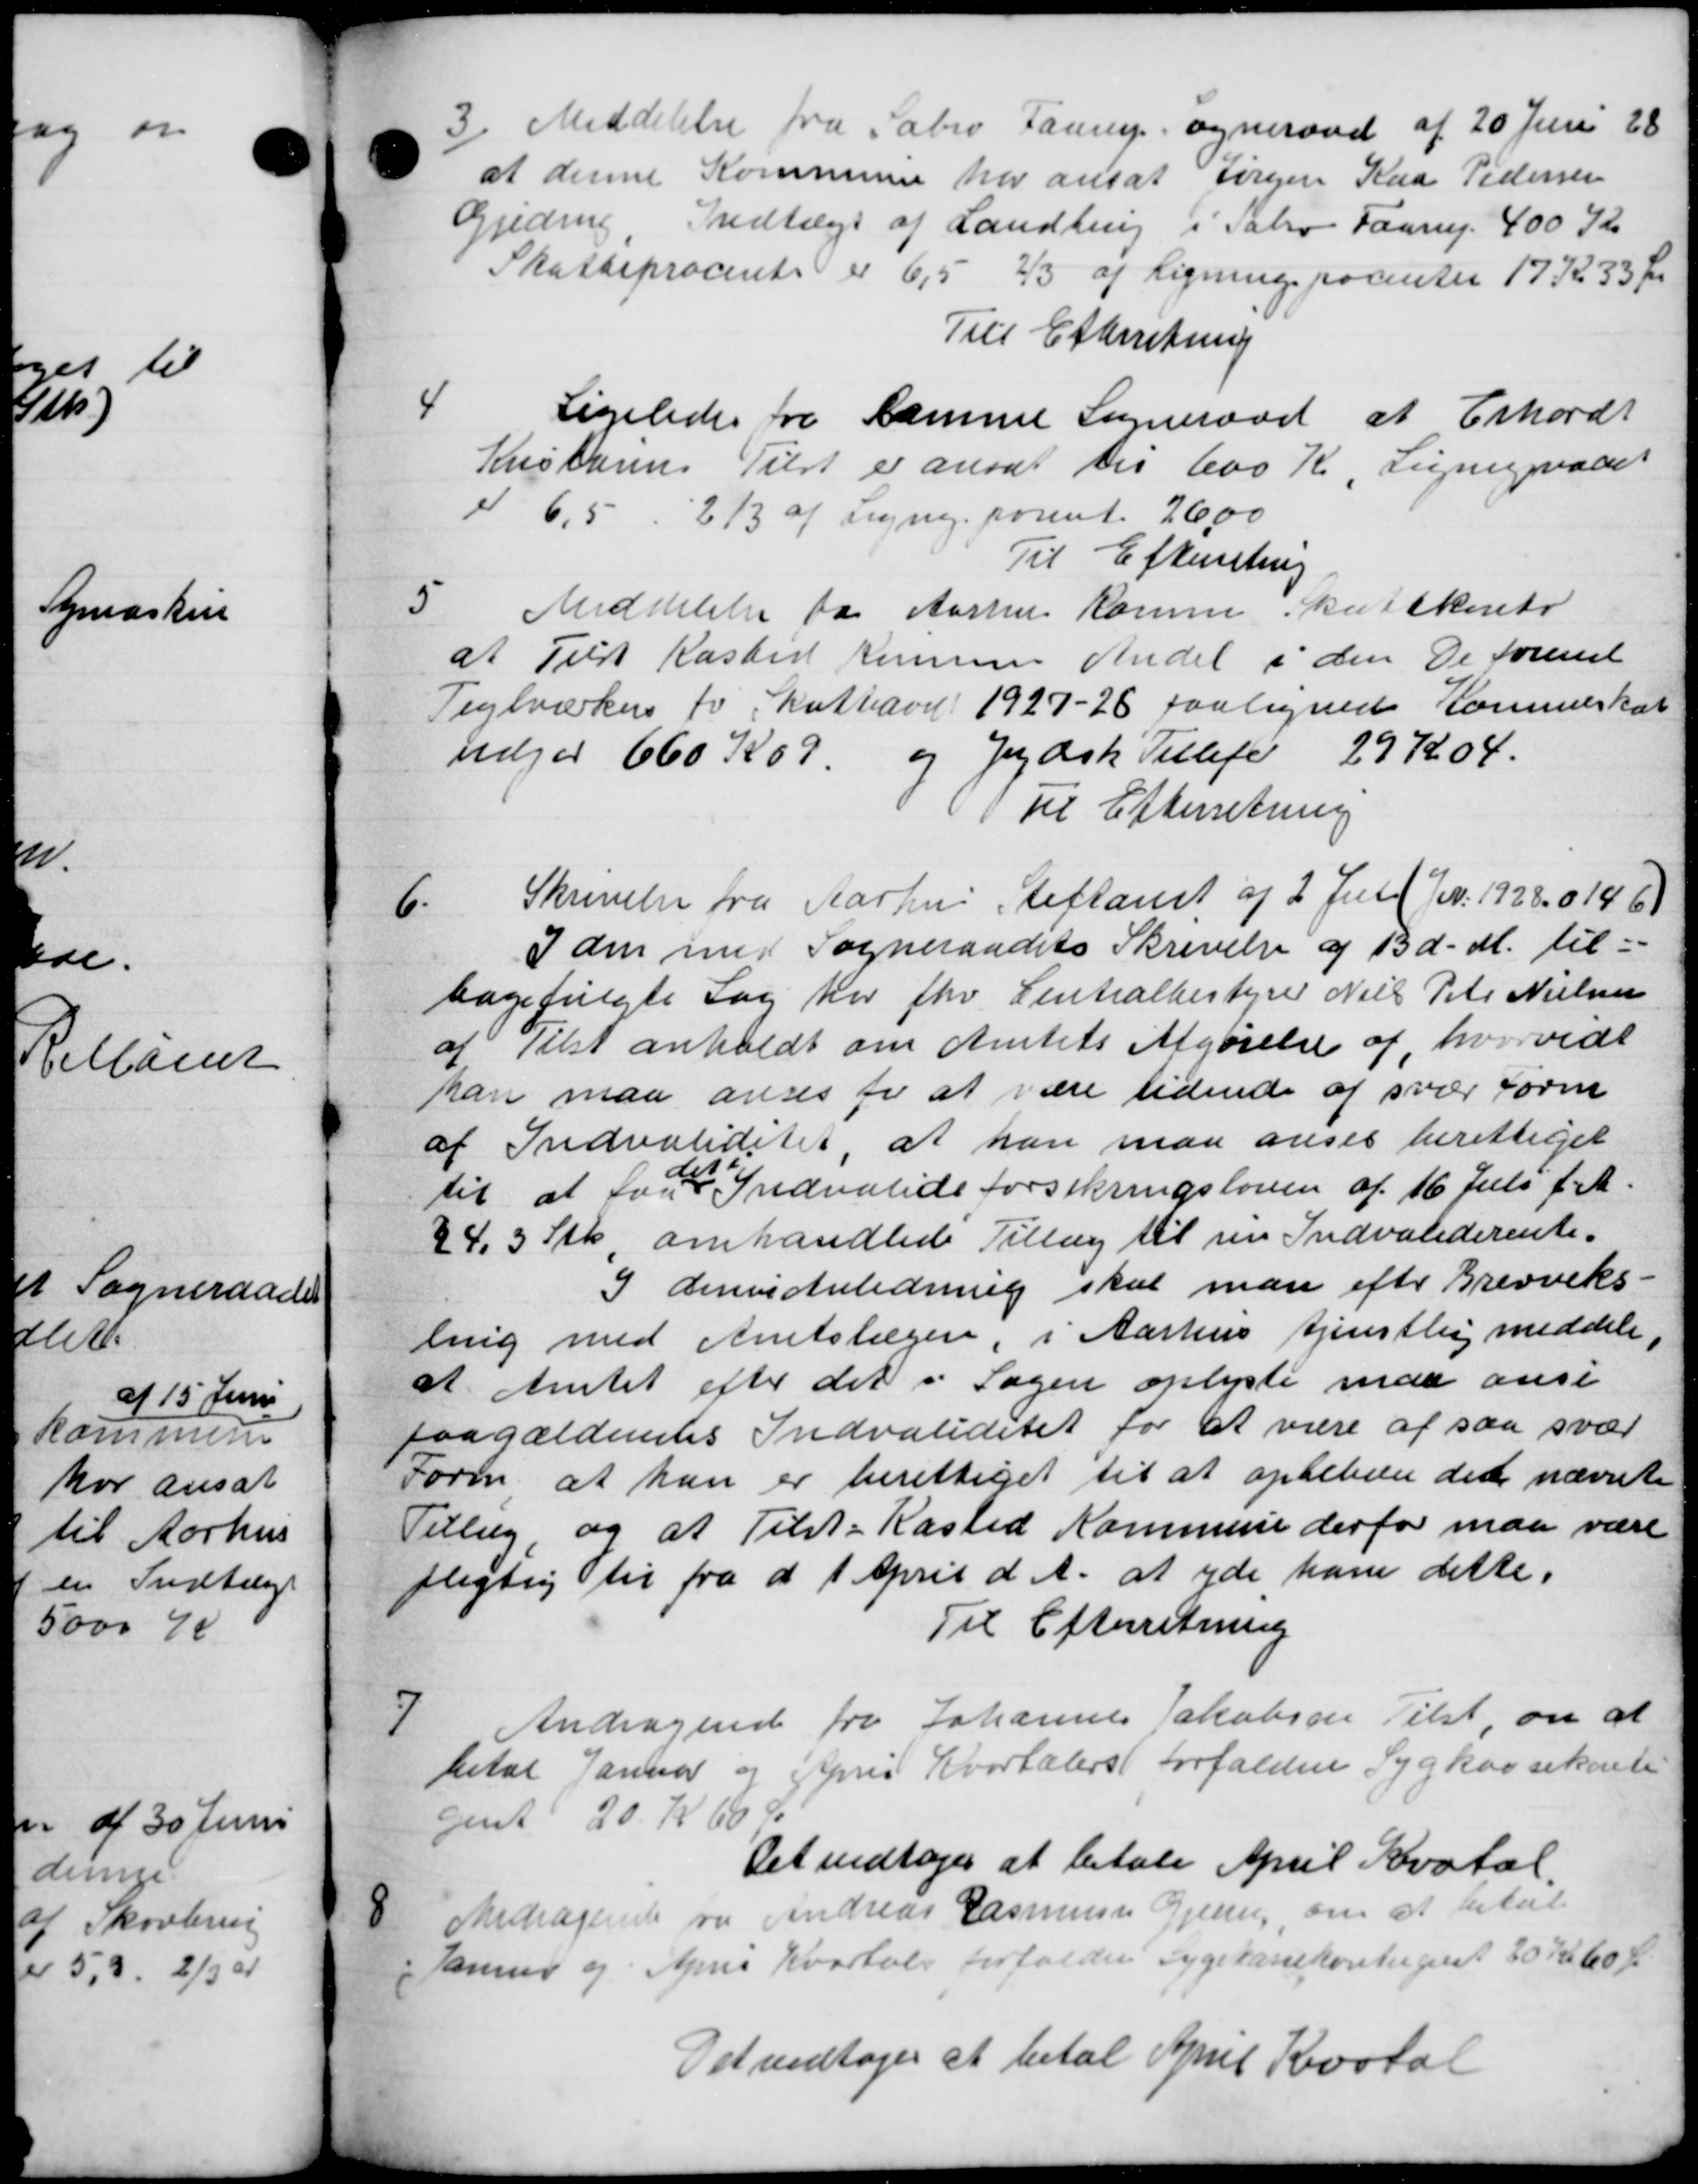
Transskription:
3
Meddelelse fra Sabro Faarup ogneraad af 20 Juni 28
at denne Kommune har ansat sørgen Kaa Pedersen
Gjeding Indtægt af Landbrug i Sabro Faarup 400 Kr
Skatteprocente er 6,5 2/3 af Ligningspocenter 17 Kr 33 Øre
Til Efterretning
4
Ligeledes fra samme Sogneraad at Erhardt
Kristenens Tilst er ansat til 600 Kr Ligningsraad
d 6,5 2/3 af Lyng. port. 26,00
Til Efterretning
5
Meddelelse fra Aarhus Komm. her i Skato
at Tilst Kasted Konsens Andel i den De forenet
Teglværkers to Skatteaar 1927-26 paalignede Kommeskat
udgør 660 Kr og Jydsk Tellef 29 K 04.
Til Efterretning
6.
Skrivelse fra Aarhus Stiftamt af 2 Jul. (Nr. 1928,0146)
I den med Sogneraadets Skrivelse af 13 d. M. til-
bagefulgte Sag her for Centralbestyrer Niels Peter Nielsen
af Tilst anholdt om Amtets Afgørelse af, hvorvidt
kan maa anses for at være tidende af svar tørm
af Indvaliditet, at han man anses berettiget
til at fra Indvalideforsikringsloven af 16 Juli f. A.
§ 4. 3 Stk omhandlede Tillæg til sin Indvaliderente.
I denne Anledning skal man efter Brevveks-
ling med Amtslægen, i Aarhus tjenstlig meddele
at Amtet efter det i Sagen oplyste maa ansi
paagældendes Indvaliditet for at være af saa svar
Form at han er berettiget til at optelære det nævnte
Tillæg, og at Tilst-Kasted Kommune derfor maa være
pligtig til fra d. 1 April d. A. at yde ham dette.
Til Efterretning
7
Andragende fra Johannes Jakobsen Tilst, om at
betal Januar og Apris Kvartalers forfaldene Sygkassekonti
gent 20 Kr 60 Ør
Det vedtoges at betale April Kvartal.
8
Andragende og Andreas Rasmussen Gjelsen, om at betale
Janner og April Kvartale forfalder Sygekassekontingeret 30 Kr 60 Ør
Det vedtoges at betale April Kvotal